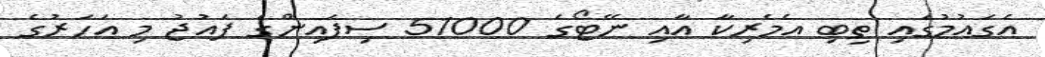
އެގައުމުގައި ތިބި އެމެރިކާ އާއި ނޭޓޯގެ 51000 ސިފައިންގެ ފައުޖު މި އަހަރުގެ